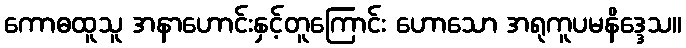
ကောဓထူသူ အနာဟောင်းနှင့်တူကြောင်း ဟောသော အရုကူပမနိဒ္ဒေသ။